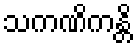
သကဏိကန္တိ